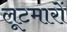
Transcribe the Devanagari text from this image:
लूटमारों